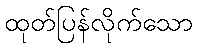
ထုတ်ပြန်လိုက်သော